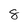
Character: 8